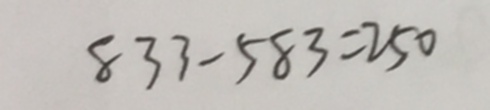
8 3 3 - 5 8 3 = 2 5 0